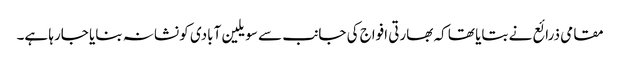
مقامی ذرائع نے بتایا تھا کہ بھارتی افواج کی جانب سے سویلین آبادی کو نشانہ بنایا جارہا ہے۔